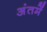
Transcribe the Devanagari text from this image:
अंतमें